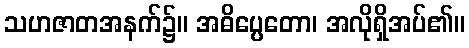
သဟဇာတအနက်၌။ အဓိပ္ပေတော၊ အလိုရှိအပ်၏။